Civil Veterinary Dept. North-West Frontier Province 1933-46 - 1933-1946
Year: 1933
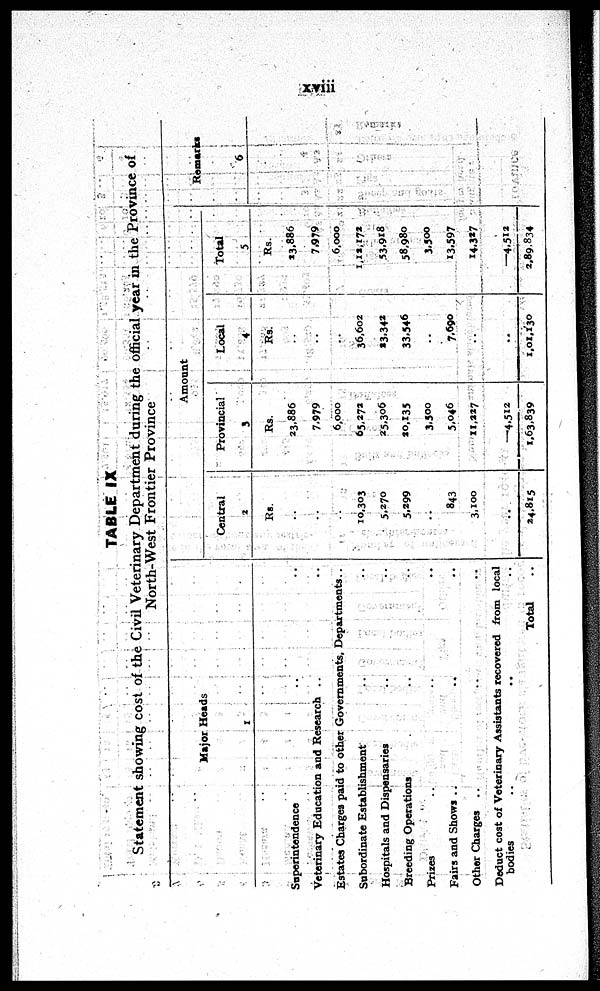
xviii
TABLE IX
Statement showing cost of the Civil Veterinary Department during the official year in the Province of
North-West Frontier Province
Major Heads
1
Superintendence .. .. ..
Veterinary Education and Research .. .. ..
Estates Charges paid to other Governments, Departments ..
Subordinate Establishment .. .. ..
Hospitals and Dispensaries .. .. ..
Breeding Operations .. .. ..
Prizes .. .. ..
Fairs and Shows .. .. ..
Other Charges .. .. ..
Deduct cost of Veterinary Assistants recovered from local
bodies .. .. ..
Total ..
Amount
Central
2
Rs.
..
..
..
10,303
5,270
5,299
843
3,100
..
24,815
Provincial
3
Rs.
23,886
7,979
6,000
65,272
25,306
20,135
3,500
5,046
11,227
—4,512
1,63,839
Local
4
Rs.
..
..
..
36,602
23,342
33,546
..
7,690
..
..
1,01,130
Total
5
Rs.
13,886
7,979
6,000
1,12,172
53,918
58,980
3,500
13,597
14,327
—4,512
2,89,834
Remarks
6